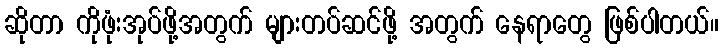
ဆိုတာ ကိုဖုံးအုပ်ဖို့အတွက် များတပ်ဆင်ဖို့ အတွက် နေရာတွေ ဖြစ်ပါတယ်။